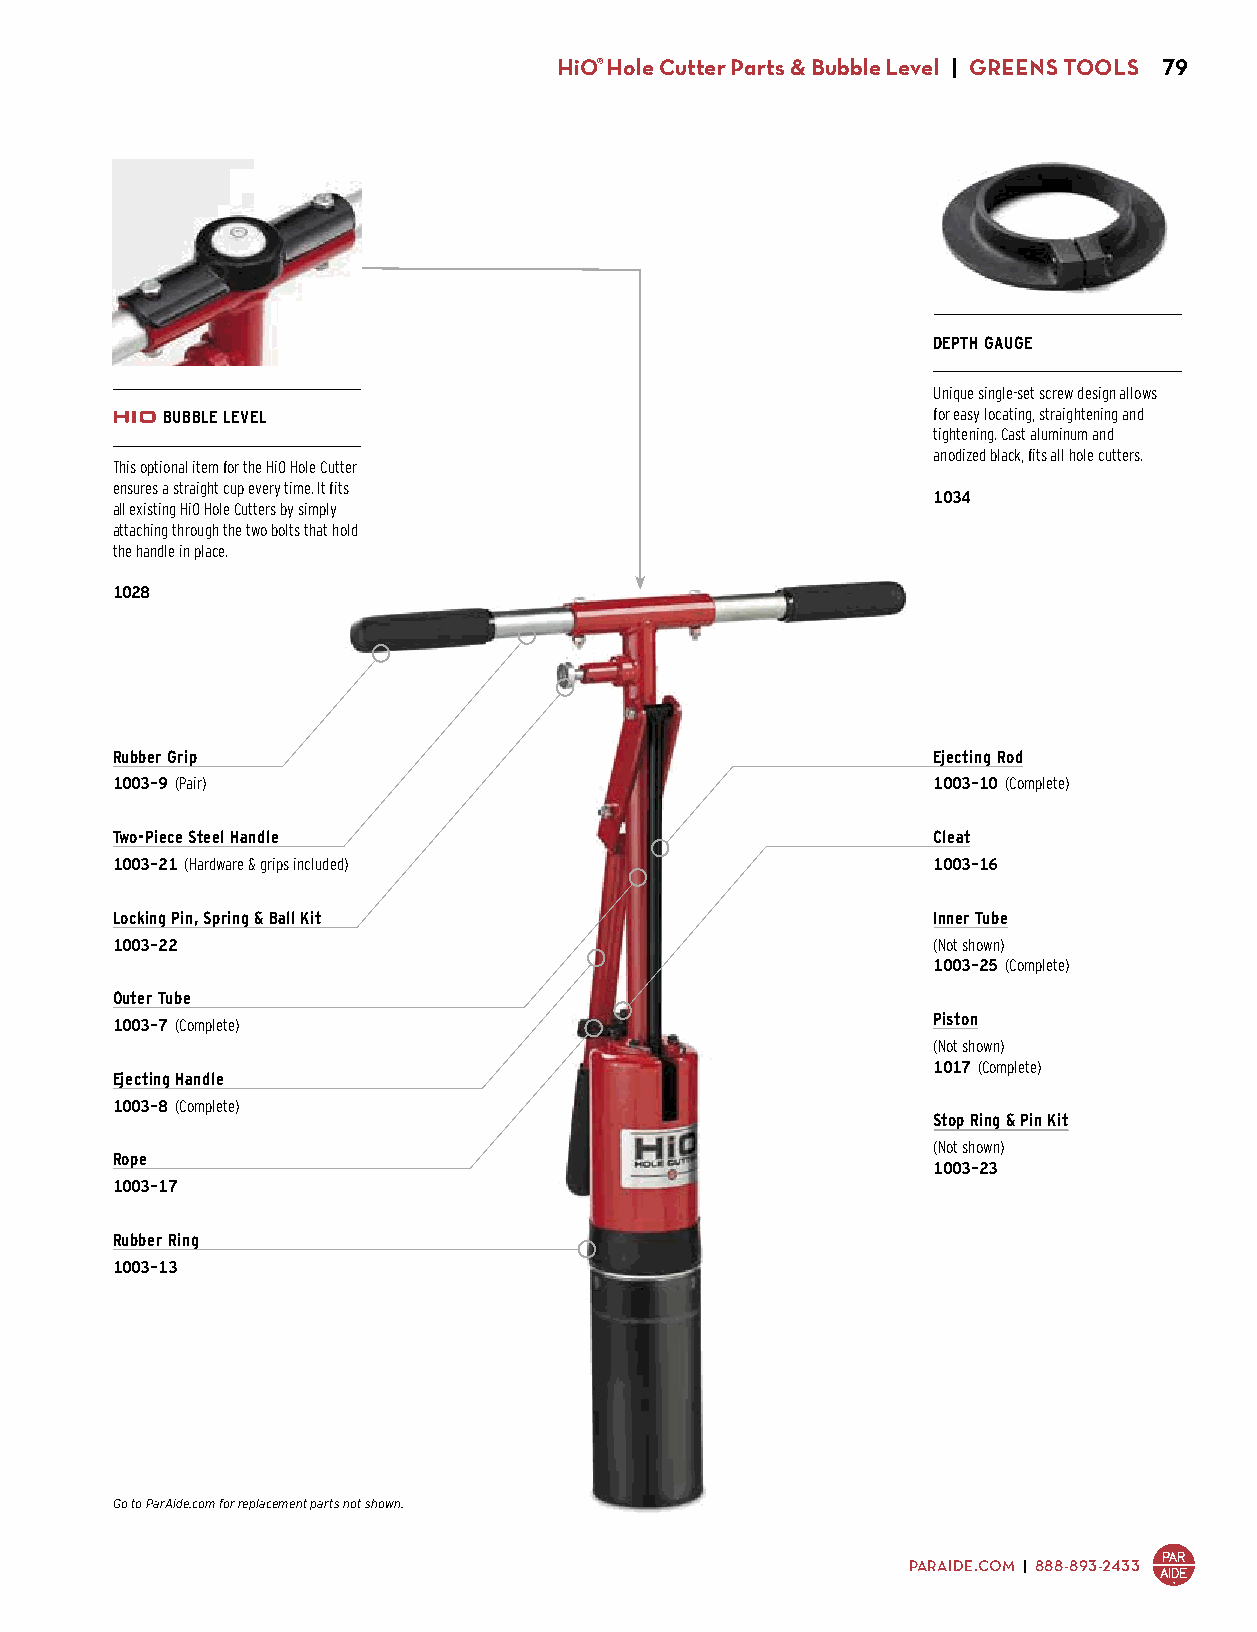
HiO® Hole Cutter Parts & Bubble Level | GREENS TOOLS 79
 DEPTH GAUGE
 Unique single-set screw design allows
 BUBBLE LEVEL                                       for easy locating, straightening and
 tightening. Cast aluminum and
 anodized black, fits all hole cutters.
 This optional item for the HiO Hole Cutter
 ensures a straight cup every time. It fits
 1034
 all existing HiO Hole Cutters by simply
 $41.00
 attaching through the two bolts that hold
 the handle in place.
 1028
 $39.00
 Rubber Grip                                            Ejecting Rod
 1003-9 (Pair)                                          1003-10 (Complete)
 $8.50                                                  $24.50
 Two-Piece Steel Handle                                 Cleat
 1003-21 (Hardware & grips included)                    1003-16
 $44.50                                                 $4.50
 Locking Pin, Spring & Ball Kit                         Inner Tube
 1003-22                                                (Not shown)
 $19.50                                                 1003-25 (Complete)
 $133.00
 Outer Tube
 Piston
 1003-7 (Complete)
 $130.00                                                (Not shown)
 1017 (Complete)
 Ejecting Handle
 $17.50
 1003-8 (Complete)
 Stop Ring & Pin Kit
 $34.00
 (Not shown)
 Rope
 1003-23
 1003-17                                                $6.50
 $4.50
 Rubber Ring
 1003-13
 $15.50
 Go to ParAide.com for replacement parts not shown.
 PARAIDE.COM | 888-893-2433